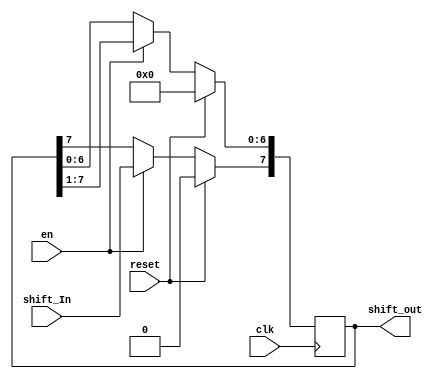
`timescale 1ns / 1ps
//////////////////////////////////////////////////////////////////////////////////
// Company: 
// Engineer: 
// 
// Design Name: 
// Module Name: ShiftRegister
// Project Name: 
// Target Devices: 
// Tool Versions: 
// Description: 
// 
// Dependencies: 
// 
// Revision:
// Revision 0.01 - File Created
// Additional Comments:
// 
//////////////////////////////////////////////////////////////////////////////////


module ShiftRegister(
    input shift_In,
    input clk,
    input reset,
    input en,
    output  [7:0] shift_out 
    );
    reg [7:0] bit ;
    always@(posedge clk) begin
        if(reset)
            bit <= 8'b00000000;
        else begin
        if(en == 1'b1)
        begin
        
        bit<=bit>>1;// MSB to LSB , ">>" shift right operator (<<
        bit[7]<= shift_In; // the input is the MSB
        end
        end   
    end
     assign shift_out=bit;
endmodule